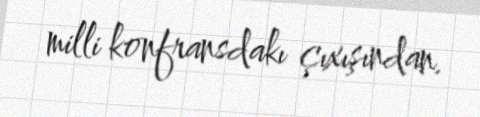
milli konfransdakı çıxışından.